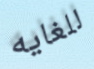
للغايه